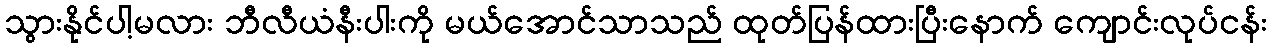
သွားနိုင်ပါ့မလား ဘီလီယံနီးပါးကို မယ်အောင်သာသည် ထုတ်ပြန်ထားပြီးနောက် ကျောင်းလုပ်ငန်း